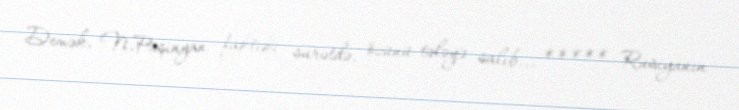
Demək, N.Paşinyan faktiki surətdə, özünü tələyə salıb... ***** Rusiyanın